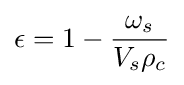
\epsilon =1-{\frac {\omega _{s}}{V_{s}\rho _{c}}}